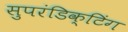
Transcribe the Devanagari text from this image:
सुपरंडिक्टिंग